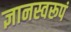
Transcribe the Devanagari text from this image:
ज्ञानस्वरूपं